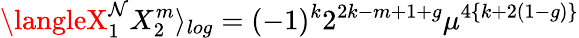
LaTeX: \langleX_{1}^{\mathcal{N}}X_{2}^{m}\rangle_{log}=(-1)^{k}2^{2k-m+1+g}\mu^{4\{ k+2(1-g)\} }